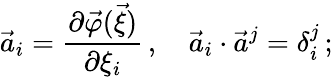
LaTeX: \vec{a}_{i}=\frac{\partial\vec{\varphi}(\vec{\xi})}{\partial\xi_{i}}\, ,\quad\vec{a}_{i}\cdot\vec{a}^{j}=\delta_{i}^{j}\, ;